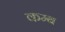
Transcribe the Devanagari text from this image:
कम्ब